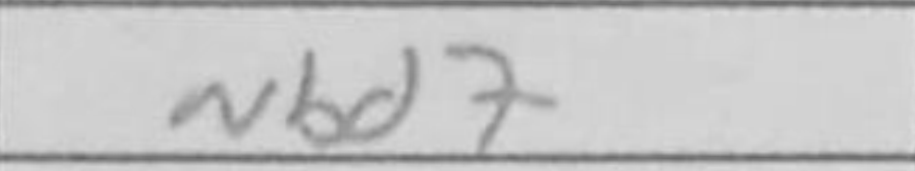
Transcription: Nbd7